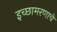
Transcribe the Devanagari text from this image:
इच्छामरणाचे